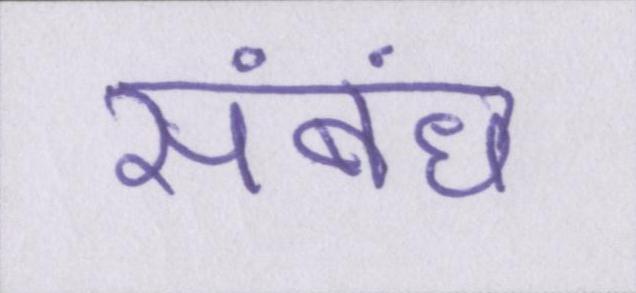
संबंध